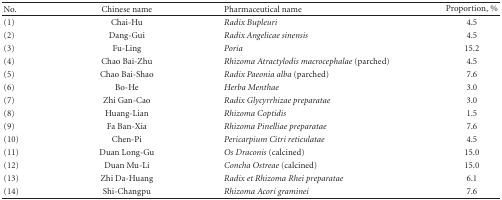
<table><thead><tr><td><b>No.</b></td><td><b>Chinese name</b></td><td><b>Pharmaceutical name</b></td><td><b>Proportion, %</b></td></tr></thead><tbody><tr><td>(1)</td><td>Chai-Hu</td><td><i>Radix Bupleuri</i></td><td>4.5</td></tr><tr><td>(2)</td><td>Dang-Gui</td><td><i>Radix Angelicae sinensis</i></td><td>4.5</td></tr><tr><td>(3)</td><td>Fu-Ling</td><td><i>Poria</i></td><td>15.2</td></tr><tr><td>(4)</td><td>Chao Bai-Zhu</td><td><i>Rhizoma Atractylodis macrocephalae </i>(parched)</td><td>4.5</td></tr><tr><td>(5)</td><td>Chao Bai-Shao</td><td><i>Radix Paeonia alba</i> (parched)</td><td>7.6</td></tr><tr><td>(6)</td><td>Bo-He</td><td><i>Herba Menthae </i></td><td>3.0</td></tr><tr><td>(7)</td><td>Zhi Gan-Cao</td><td><i>Radix Glycyrrhizae preparatae</i></td><td>3.0</td></tr><tr><td>(8)</td><td>Huang-Lian</td><td><i>Rhizoma Coptidis</i></td><td>1.5</td></tr><tr><td>(9)</td><td>Fa Ban-Xia</td><td><i>Rhizoma Pinelliae preparatae</i></td><td>7.6</td></tr><tr><td>(10)</td><td>Chen-Pi</td><td><i>Pericarpium Citri reticulatae</i></td><td>4.5</td></tr><tr><td>(11)</td><td>Duan Long-Gu</td><td><i>Os Draconis</i> (calcined)</td><td>15.0</td></tr><tr><td>(12)</td><td>Duan Mu-Li</td><td><i>Concha Ostreae</i> (calcined)</td><td>15.0</td></tr><tr><td>(13)</td><td>Zhi Da-Huang</td><td><i>Radix et Rhizoma Rhei preparatae</i></td><td>6.1</td></tr><tr><td>(14)</td><td>Shi-Changpu</td><td><i>Rhizoma Acori graminei</i></td><td>7.6</td></tr></tbody></table>